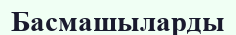
Басмашыларды